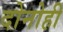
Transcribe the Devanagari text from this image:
दोनोही